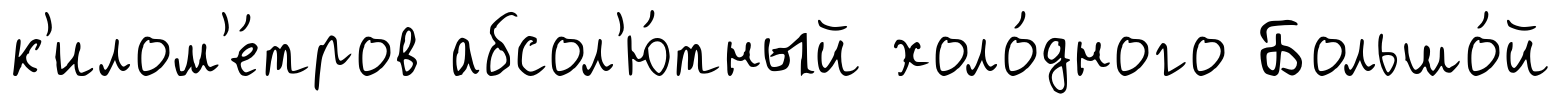
к'илом'е́тров абсол'ю́тный холо́дного Большо́й